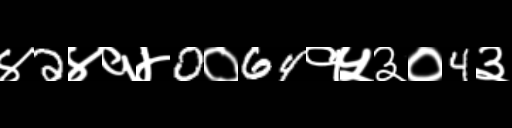
Text: ४2४१४0०64१५३०4३